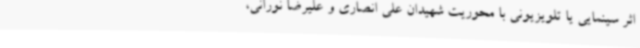
اثر سینمایی یا تلویزیونی با محوریت شهیدان علی انصاری و علیرضا نورانی،